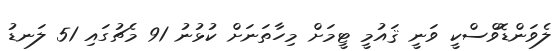
ލެވަންޑޮވްސްކީ ވަނީ ޤައުމީ ޓީމަށް މިހާތަނަށް ކުޅުނު 91 މެޗުގައި 51 ލަނޑު